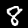
Label: 8